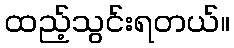
ထည့်သွင်းရတယ်။